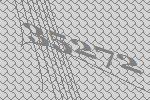
35272